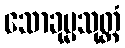
သောခုမ္မသုတ္တံ